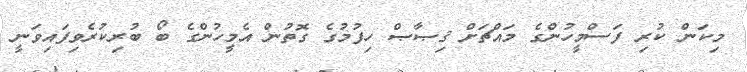
މިކަން ކުރި ފަސްމީހުންގެ މައްޗަށް ޤިޞާޞް ހިފުމުގެ ގޮތުން އެމީހުންގެ ބޯ ބުރިކުރެވިފައިވަނީ